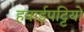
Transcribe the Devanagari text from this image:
हवाईपट्टियों